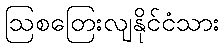
ဩစတြေးလျနိုင်ငံသား